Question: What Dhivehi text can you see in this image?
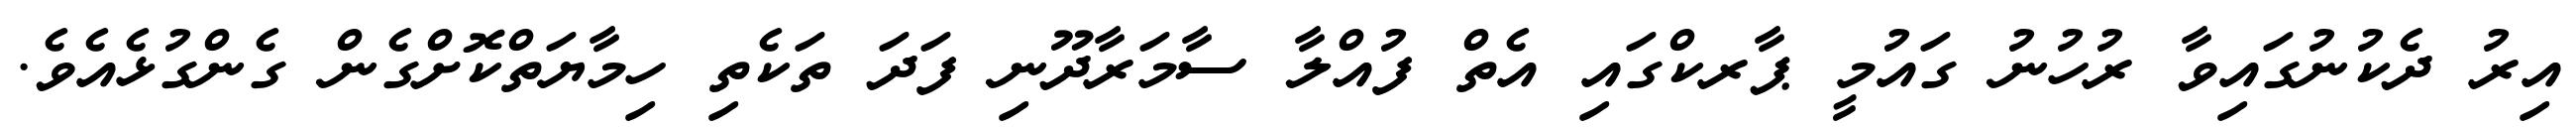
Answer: އިރު ދެކުނުގައިވާ ރުހުނު ގައުމީ ޕާރކްގައި އެތް ފުއްލާ ސާމަރާދޫނި ފަދަ ތަކެތި ހިމާޔަތްކޮށްގެން ގެންގުޅެއެވެ.